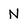
Character: N